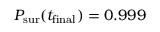
P _ { \mathrm { s u r } } ( t _ { \mathrm { f i n a l } } ) = 0 . 9 9 9